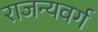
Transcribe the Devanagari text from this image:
राजन्यवर्ग